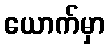
ယောက်မှာ